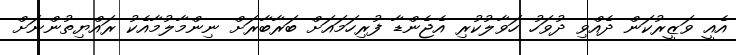
އެއީ ވަޒީރުކަން ދެއްވި ދުވަހު ހަވާލުކުރި އެޖެންޑާ ފުރިހަމައަށް ބަރާބާރަށް ނިންމާލުމާއެކު ރައްޔިތުންނަށް